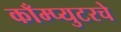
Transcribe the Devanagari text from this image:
काँम्प्युटरचे